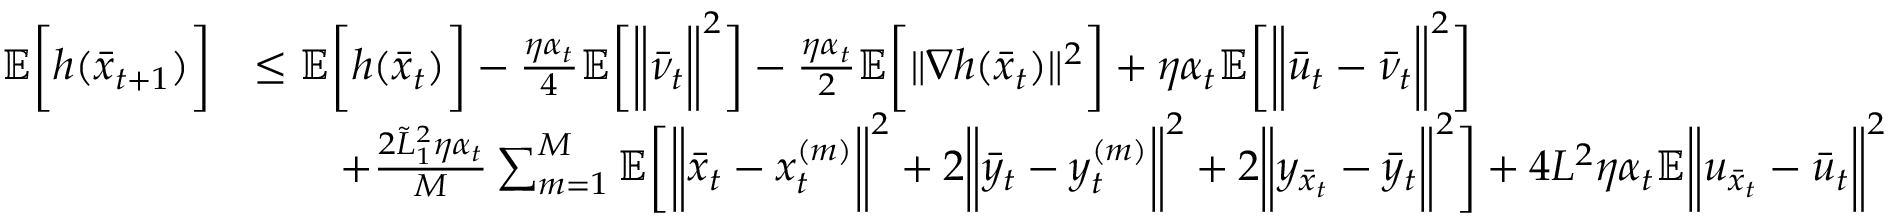
\begin{array} { r l } { \mathbb { E } \bigg [ h ( \bar { x } _ { t + 1 } ) \bigg ] } & { \leq \mathbb { E } \bigg [ h ( \bar { x } _ { t } ) \bigg ] - \frac { \eta \alpha _ { t } } { 4 } \mathbb { E } \bigg [ \bigg \| \bar { \nu } _ { t } \bigg \| ^ { 2 } \bigg ] - \frac { \eta \alpha _ { t } } { 2 } \mathbb { E } \bigg [ \| \nabla h ( \bar { x } _ { t } ) \| ^ { 2 } \bigg ] + \eta \alpha _ { t } \mathbb { E } \bigg [ \bigg \| \bar { u } _ { t } - \bar { \nu } _ { t } \bigg \| ^ { 2 } \bigg ] } \\ & { \qquad + \frac { 2 \tilde { L } _ { 1 } ^ { 2 } \eta \alpha _ { t } } { M } \sum _ { m = 1 } ^ { M } \mathbb { E } \bigg [ \bigg \| \bar { x } _ { t } - x _ { t } ^ { ( m ) } \bigg \| ^ { 2 } + 2 \bigg \| \bar { y } _ { t } - y _ { t } ^ { ( m ) } \bigg \| ^ { 2 } + 2 \bigg \| y _ { \bar { x } _ { t } } - \bar { y } _ { t } \bigg \| ^ { 2 } \bigg ] + 4 L ^ { 2 } \eta \alpha _ { t } \mathbb { E } \bigg \| u _ { \bar { x } _ { t } } - \bar { u } _ { t } \bigg \| ^ { 2 } } \end{array}